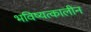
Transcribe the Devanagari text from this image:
भविष्यत्कालीन